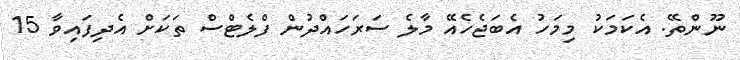
ނޫންތޭ. އެކަމަކު މިމަހު އެބަޖެހެއޭ މާލެ ސަރަހައްދުން ފްލެޓްސް ތަަކަށް އެދިފައިވާ 15